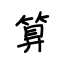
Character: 算